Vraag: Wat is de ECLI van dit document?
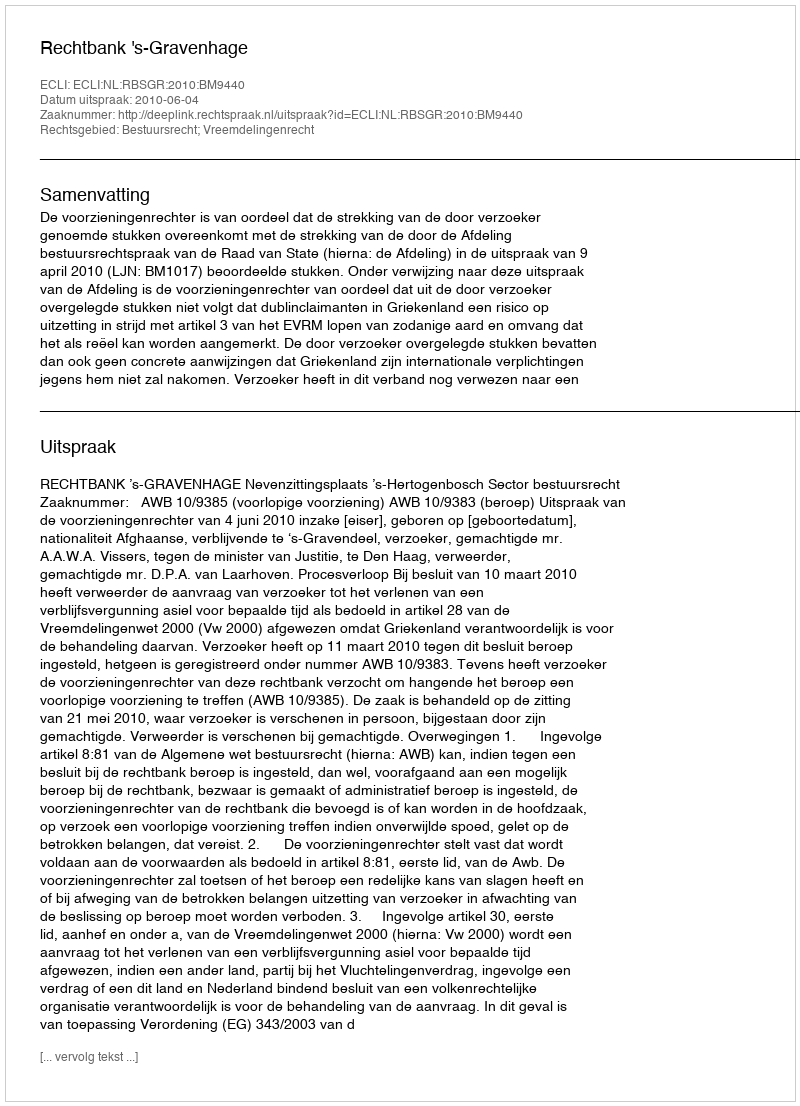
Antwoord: ECLI:NL:RBSGR:2010:BM9440